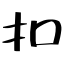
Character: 扣